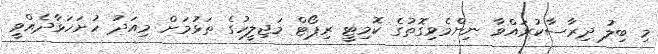
މި ބިލު ދިރާސާކުރައްވާ ނިންމެވިގޮތުގެ ކޮމިޓީ ރިޕޯޓް މަޖިލީހުގެ ތަޅުމަށް މިއަދު ހުށަހަޅާދެއްވީ